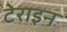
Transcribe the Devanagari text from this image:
टेराइन